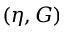
( \eta , G )